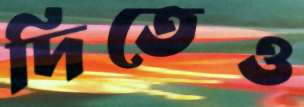
দিতেও